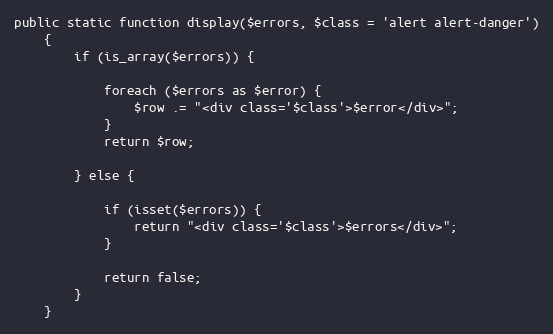
Language: PHP
public static function display($errors, $class = 'alert alert-danger')
    {
        if (is_array($errors)) {

            foreach ($errors as $error) {
                $row .= "<div class='$class'>$error</div>";
            }
            return $row;

        } else {

            if (isset($errors)) {
                return "<div class='$class'>$errors</div>";
            }

            return false;
        }
    }